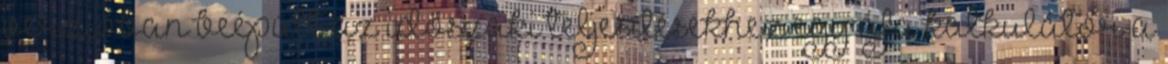
verzióban beépült az időszaki teljesítésekhez egy áfa kalkulátor a